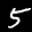
Label: 5